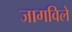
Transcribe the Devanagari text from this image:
जागविले